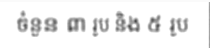
ចំនួន ៣ រូប និង ៥ រូប